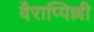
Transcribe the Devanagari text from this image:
वैराप्पिल्ली